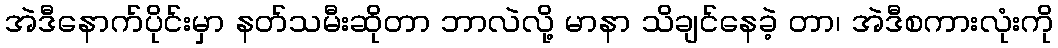
အဲဒီနောက်ပိုင်းမှာ နတ်သမီးဆိုတာ ဘာလဲလို့ မာနာ သိချင်နေခဲ့ တာ၊ အဲဒီစကားလုံးကို